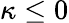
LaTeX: \kappa\leq 0